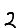
Digit: 2